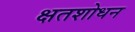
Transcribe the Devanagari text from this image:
क्षतशोधन